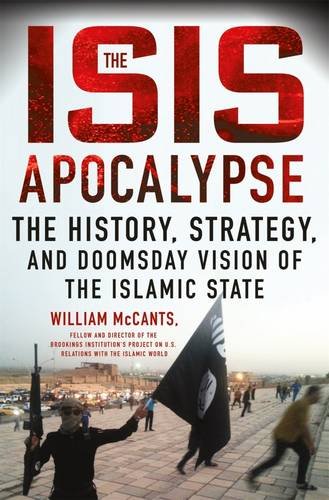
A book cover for The ISIS Apocalypse: The History, Strategy, and Doomsday Vision of the Islamic State; William McCants; History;